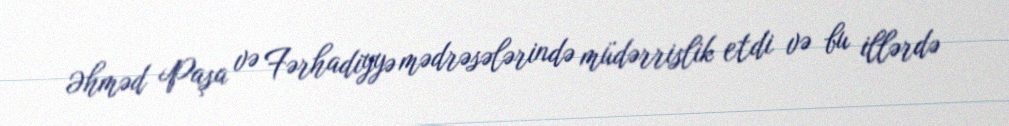
Əhməd Paşa və Fərhadiyyə mədrəsələrində müdərrislik etdi və bu illərdə